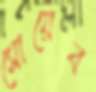
সোয়েব